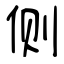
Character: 侧